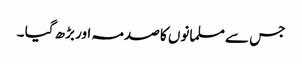
جس سے مسلمانوں کا صدمہ اور بڑھ گیا ۔